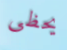
يحظى